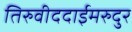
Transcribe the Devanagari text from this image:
तिरुवीददाईमरुदुर